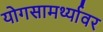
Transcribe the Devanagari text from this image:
योगसामर्थ्यावर